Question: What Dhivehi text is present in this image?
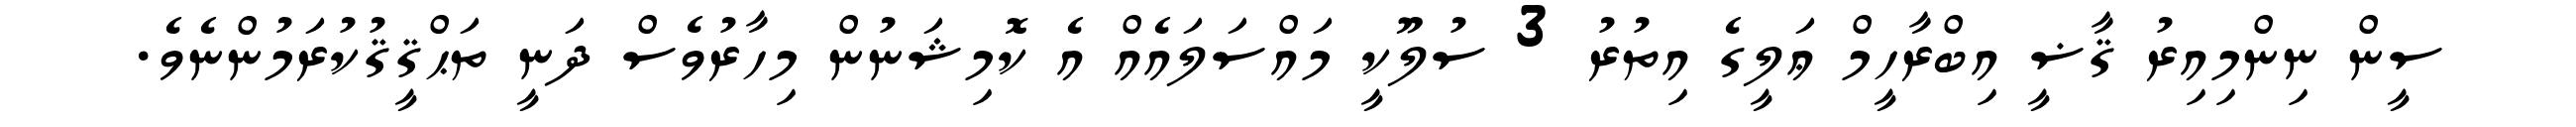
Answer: ސީން ނިންމިއިރު ޤާޟީ އިބްރާހީމް ޢަލީގެ އިތުރު 3 ސުލޫކީ މައްސަލައެއް އެ ކޮމިޝަނުން މިހާރުވެސް ދަނީ ތަޙްޤީޤުކުރަމުންނެވެ.